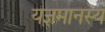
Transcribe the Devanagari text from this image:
यज्ञमानस्य